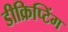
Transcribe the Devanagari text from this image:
डीक्रिप्टिंग